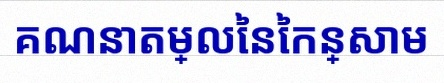
គណនាតម្លៃនៃកន្សោម